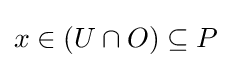
x\in (U\cap O)\subseteq P